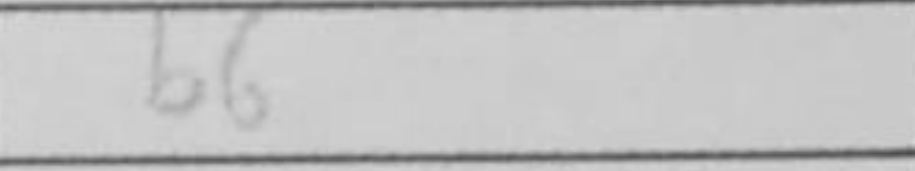
Transcription: b6